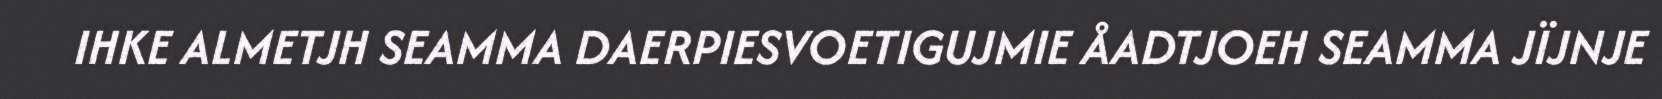
IHKE ALMETJH SEAMMA DAERPIESVOETIGUJMIE ÅADTJOEH SEAMMA JÏJNJE